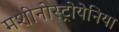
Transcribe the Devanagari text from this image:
मशीनोस्ट्रोयेनिया